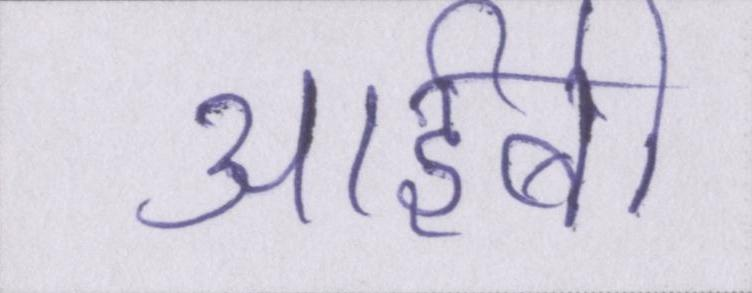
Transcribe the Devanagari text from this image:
आईबी